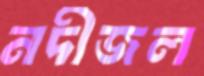
নদীজল